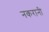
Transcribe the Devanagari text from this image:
नकरानी